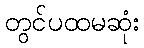
တွင်ပထမဆုံး